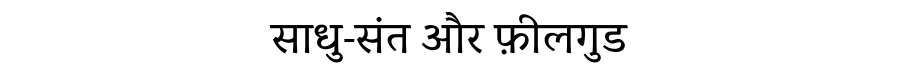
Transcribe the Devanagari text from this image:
साधु-संत और फ़ीलगुड